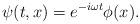
LaTeX: \begin{align*}\psi(t,x) = e^{-i \omega t} \phi(x).\end{align*}